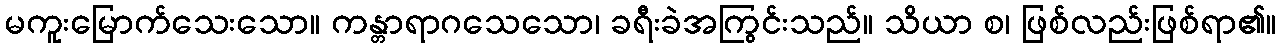
မကူးမြောက်သေးသော။ ကန္တာရာဂသေသော၊ ခရီးခဲအကြွင်းသည်။ သိယာ စ၊ ဖြစ်လည်းဖြစ်ရာ၏။